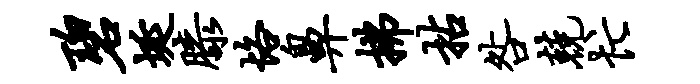
碧埏膝恪鼻拂拈咎兢忙